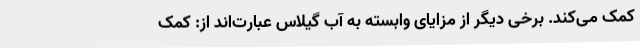
کمک می‌کند. برخی دیگر از مزایای وابسته به آب گیلاس عبارت‌اند از: کمک